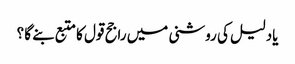
یادلیل کی روشنی میں راجح قول کا متبع بنے گا ؟